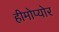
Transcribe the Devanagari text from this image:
हीमोप्योर